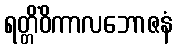
ရတ္တိံဝိကာလဘောဇနံ